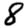
Digit: 8